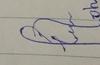
Signature authenticity: forged